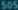
sobres